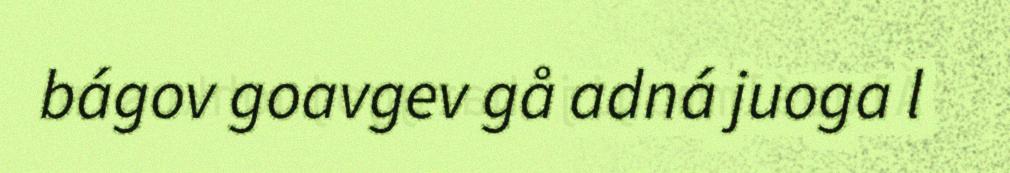
bágov goavgev gå adná juoga l